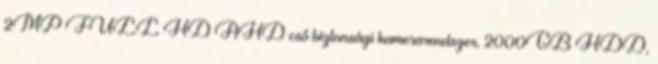
2MP FULL HD AHD cső biztonsági kamerarendszer, 2000GB HDD,